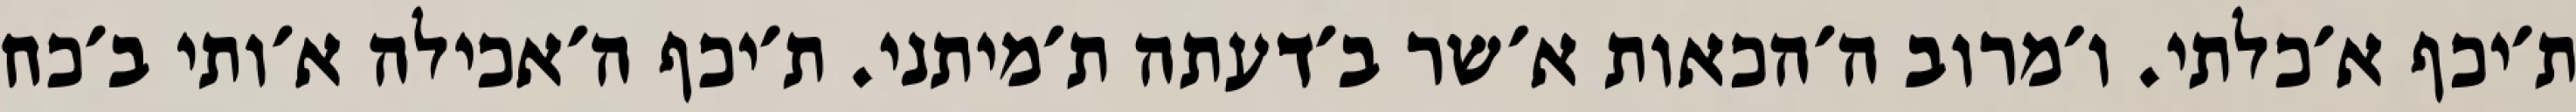
ת׳יכף א׳כלתי. ו׳מרוב ה׳הכאות א׳שר ב׳דעתה ת׳מיתני. ת׳יכף ה׳אכילה א׳ותי ב׳כח